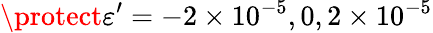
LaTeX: \protect\varepsilon^{\prime}=-2\times 10^{-5},0,2\times 10^{-5}